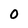
Character: 0